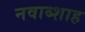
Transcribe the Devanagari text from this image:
नवाब्शाह